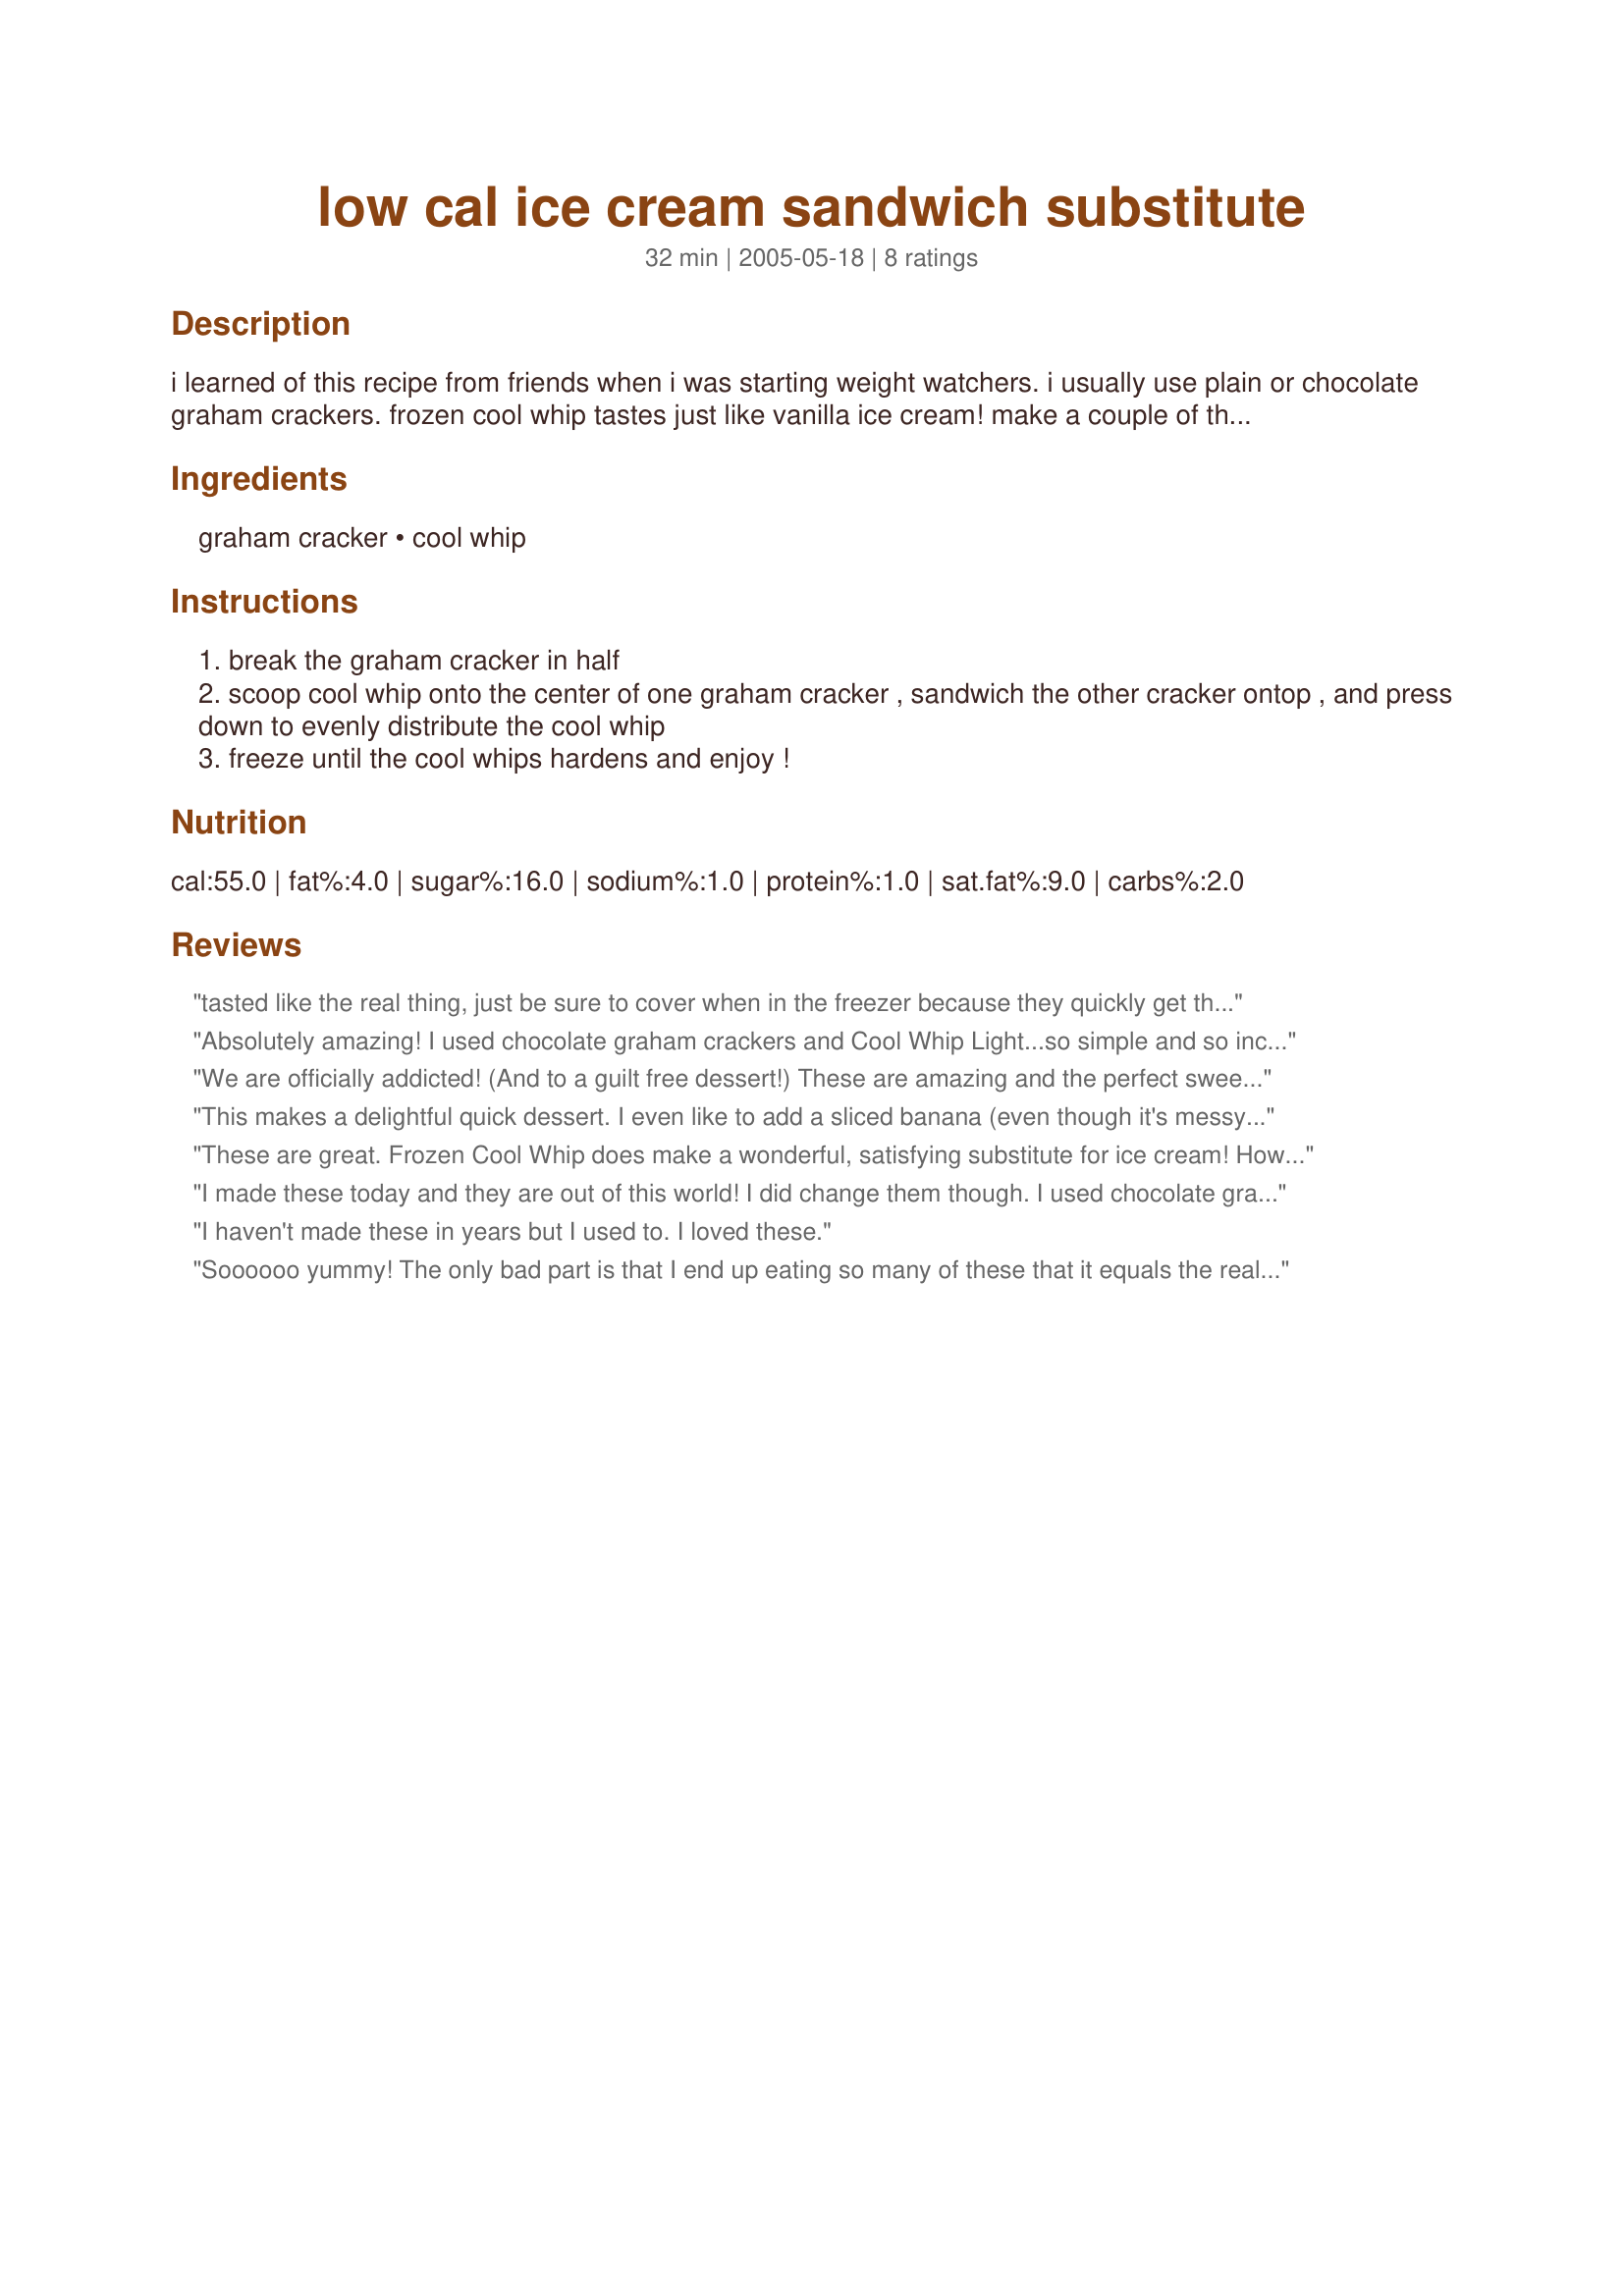
low cal ice cream sandwich substitute
Preparation time: 32 minutes

i learned of this recipe from friends when i was starting weight watchers. i usually use plain or chocolate graham crackers. frozen cool whip tastes just like vanilla ice cream! make a couple of these and leave then in your freezer. watch out, this can be addicting!

Ingredients:
graham cracker, cool whip

Steps:
break the graham cracker in half
scoop cool whip onto the center of one graham cracker , sandwich the other cracker ontop , and press down to evenly distribute the cool whip
freeze until the cool whips hardens and enjoy !

Reviews:
tasted like the real thing, just be sure to cover when in the freezer because they quickly get that frostbitten taste
Absolutely amazing! I used chocolate graham crackers and Cool Whip Light...so simple and so incredibly yummy! I need to figure out a way to make the crackers soft like the real thing then I'd be 100% amazed at the results. Thanks!
We are officially addicted! (And to a guilt free dessert!) These are amazing and the perfect sweet "fix" for us! This is such a simple recipe that's really easy to modify. We tried the original and loved it. So then we added a thin layer of reduced fat peanut butter. And then, just to see if it worked, we mixed sugar free chocolate syrup in with the Cool Whip... the possibilities are endless!!! Thank you, Mikus, for a recipe that we will enjoy again and again!
This makes a delightful quick dessert. I even like to add a sliced banana (even though it's messy). Thanks Mikus for posting.

Roxygirl
These are great. Frozen Cool Whip does make a wonderful, satisfying substitute for ice cream! However, as Jamie Lynne said, they are also addicting! I used Reduced Fat Honey Graham Crackers and Cool Whip Free with delicious results. I will be making these often to satisfy my sweet tooth! Thank you. :)
I made these today and they are out of this world! I did change them though. I used chocolate graham crackers. To the Cool Whip I added mint extract and green food coloring. My DH loves the SF mint ice cream sandwiches and thought these would be a low cal version of them. I was right. So yummy. Thanks for the great idea!
I haven't made these in years but I used to. I loved these.
Soooooo yummy! The only bad part is that I end up eating so many of these that it equals the real thing! LOL But it is well worth it! Frozen cool whip tastes better than ice cream to me!!! Thanks for sharing!
